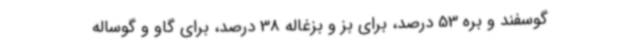
گوسفند و بره 53 درصد، برای بز و بزغاله 38 درصد، برای گاو و گوساله